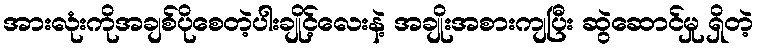
အားလုံးကိုအချစ်ပိုစေတဲ့ပါးချိုင့်လေးနဲ့ အချိုးအစားကျပြီး ဆွဲဆောင်မှု ရှိတဲ့